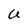
Character: U